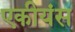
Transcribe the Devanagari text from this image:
एकीयंस